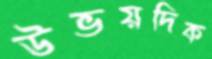
উভয়দিক